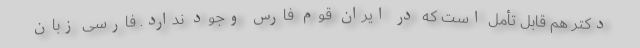
دکتر هم قابل تأمل است که در ایران قوم فارس وجود ندارد. فارسی زبان